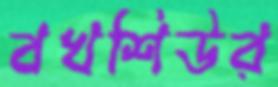
বখশিউর